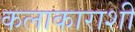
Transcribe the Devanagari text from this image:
कलाकाराशी